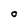
Character: O